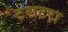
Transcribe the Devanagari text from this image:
टराटरा